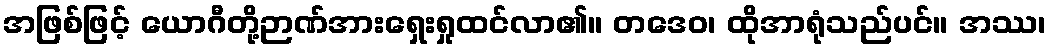
အဖြစ်ဖြင့် ယောဂီတို့ဉာဏ်အားရှေးရှုထင်လာ၏။ တဒေဝ၊ ထိုအာရုံသည်ပင်။ အဿ၊